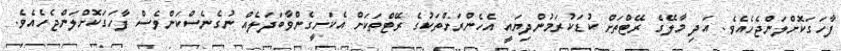
ފާހަގަކޮށްލަންޖެހެއެވެ. އަދި މާލޭގެ ރޭޓްތަށް ކުޑަކުރަމުންދިޔައީ އެހެންރަށްތަކުގެ ރޭޓްތަކަށް އެކަށީގެންވާބަދަލެއް ނުގެނެސްކަންވެސް ފާހަގަކޮށްލަންޖެހެއެވެ.